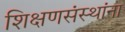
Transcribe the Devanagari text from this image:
शिक्षणसंस्थांना